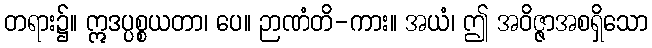
တရား၌။ ဣဒပ္ပစ္စယတာ၊ ပေ။ ဉာဏံတိ-ကား။ အယံ၊ ဤ အဝိဇ္ဇာအစရှိသော